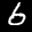
Label: 6